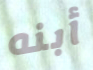
أبنه